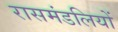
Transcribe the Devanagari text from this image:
रासमंडलियों